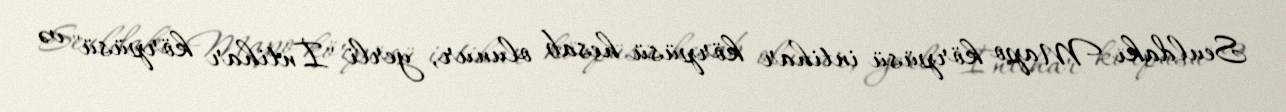
Seuldakı Mapo körpüsü intihar körpüsü hesab olunur, yerli "İntihar körpüsü" və